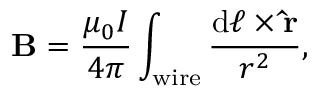
\mathbf { B } = { \frac { \mu _ { 0 } I } { 4 \pi } } \int _ { \mathrm { w i r e } } { \frac { \mathrm { d } { \boldsymbol { \ell } } \times \mathbf { \hat { r } } } { r ^ { 2 } } } ,